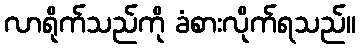
လာရိုက်သည်ကို ခံစားလိုက်ရသည်။